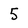
Character: 5